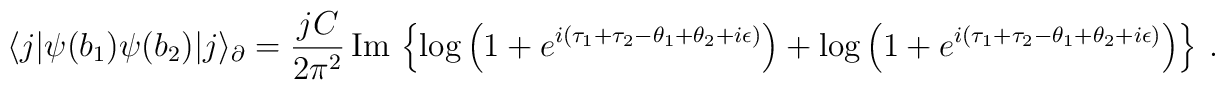
\langle j| \psi(b_1) \psi(b_2) |j \rangle_\partial = \frac{jC}{2\pi^2} \, \mbox{Im} \, \left\lbrace \log \left( 1+e^{i(\tau_1+ \tau_2 -\theta_1+ \theta_2+ i\epsilon)} \right) +  \log \left(1+e^{i(\tau_1 + \tau_2 - \theta_1 + \theta_2+ i\epsilon)} \right) \right\rbrace\ .